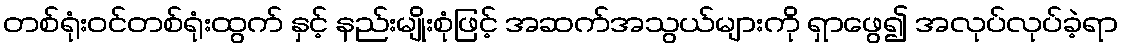
တစ်ရုံးဝင်တစ်ရုံးထွက် နှင့် နည်းမျိုးစုံဖြင့် အဆက်အသွယ်များကို ရှာဖွေ၍ အလုပ်လုပ်ခဲ့ရာ